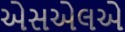
એસએલએ